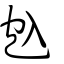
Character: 𠓨